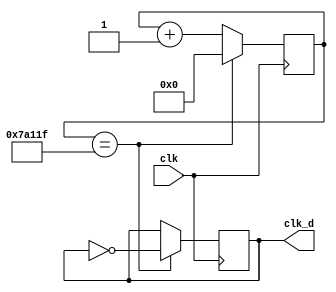
module clk_div2(
       input clk,
    output clk_d
    );
    parameter div_value=499999;
    reg clk_d;
    reg [23:0] count;
    initial
      begin
        clk_d=0;
        count=0;
      end
    always @(posedge clk)
        begin
        if (count==div_value)
            count<=0;
        else
            count<=count+1; 
        end
    always @(posedge clk)
        begin
        if (count==div_value)
            clk_d<=~clk_d;
        end    
endmodule